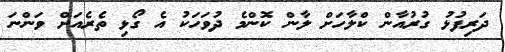
ދަރިފުޅު ގުރުއާން ކްލާހަށް ލާން ކޮންމެ ދުވަހަކު އެ ގޯޅި ތެރެއަށް ވަންނަ